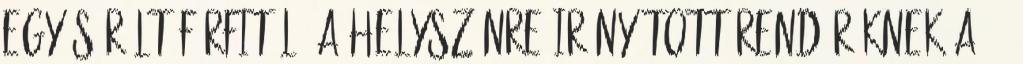
egy sérült férfitől. A helyszínre irányított rendőröknek a 26